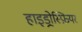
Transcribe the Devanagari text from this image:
हाइड्रोस्फ़ियर